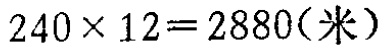
\(240\times 12 = 2880(\text{米})\)